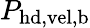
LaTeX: P_{\mathrm{hd,vel,b}}